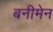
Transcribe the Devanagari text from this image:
बनीमेन